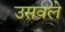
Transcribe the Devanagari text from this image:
उसवले